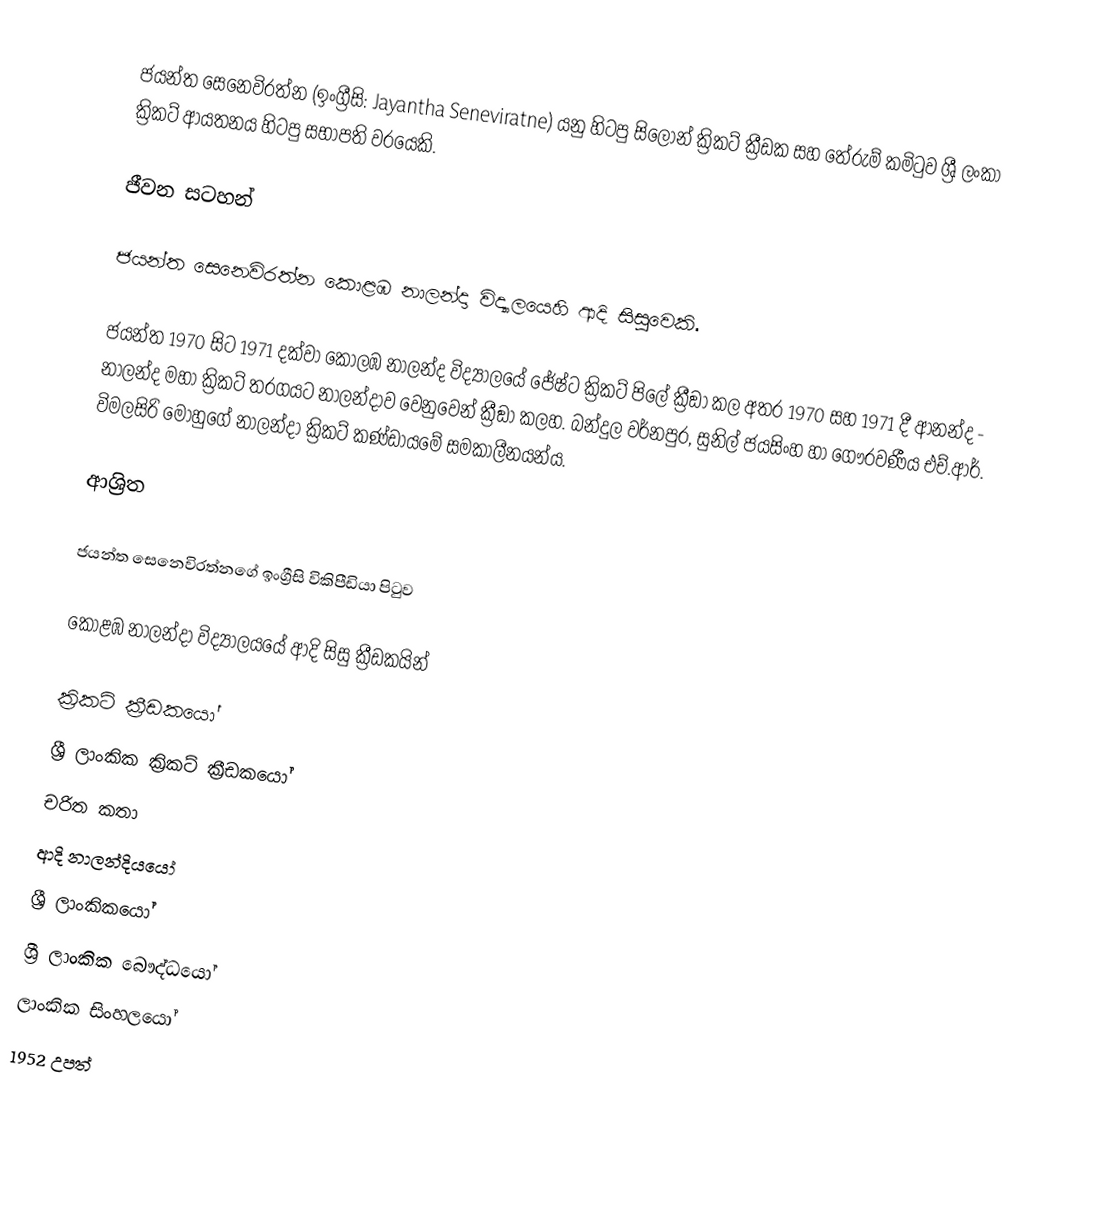
ජයන්ත සෙනෙවිරත්න (ඉංග්‍රීසි: Jayantha Seneviratne) යනු හිටපු සිලෝන් ක්‍රිකට් ක්‍රීඩක සහ තේරුම් කමිටුව ශ්‍රී ලංකා ක්‍රිකට් ආයතනය හිටපු සභාපති වරයෙකි.

ජීවන සටහන්

ජයන්ත සෙනෙවිරත්න  කොළඹ නාලන්දා විද්‍යා‍ලයෙහි ආදි සිසුවෙකි.

ජයන්ත 1970 සිට 1971 දක්වා  කොලඹ නාලන්ද  විද්‍යාලයේ  ජේෂ්ට ක්‍රිකට් පිලේ ක්‍රීඞා  කල අතර 1970 සහ 1971 දී ආනන්ද - නාලන්ද මහා ක්‍රිකට් තරගයට නාලන්දාව වෙනුවෙන් ක්‍රීඞා කලහ.  බන්දුල වර්නපුර, සුනිල් ජයසිංහ හා ගෞරවණීය එච්.ආර්. විමලසිරි මොහුගේ නාලන්දා ක්‍රිකට් කණ්ඩායමේ සමකාලීනයන්ය.

ආශ්‍රිත

 ජයන්ත සෙනෙවිරත්නගේ ඉංග්‍රීසි විකිපීඩියා පිටුව

 කොළඹ නාලන්දා විද්‍යාලයයේ ආදි සිසු ක්‍රීඩකයින්

ක්‍රිකට් ක්‍රීඩකයෝ
ශ්‍රී ලාංකික ක්‍රිකට් ක්‍රීඩකයෝ
චරිත කතා
ආදි නාලන්දියයෝ
ශ්‍රී ලාංකිකයෝ
ශ්‍රී ලාංකික බෞද්ධයෝ
ලාංකික සිංහලයෝ
1952 උපත්